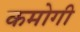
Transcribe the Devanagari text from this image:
कमोगी